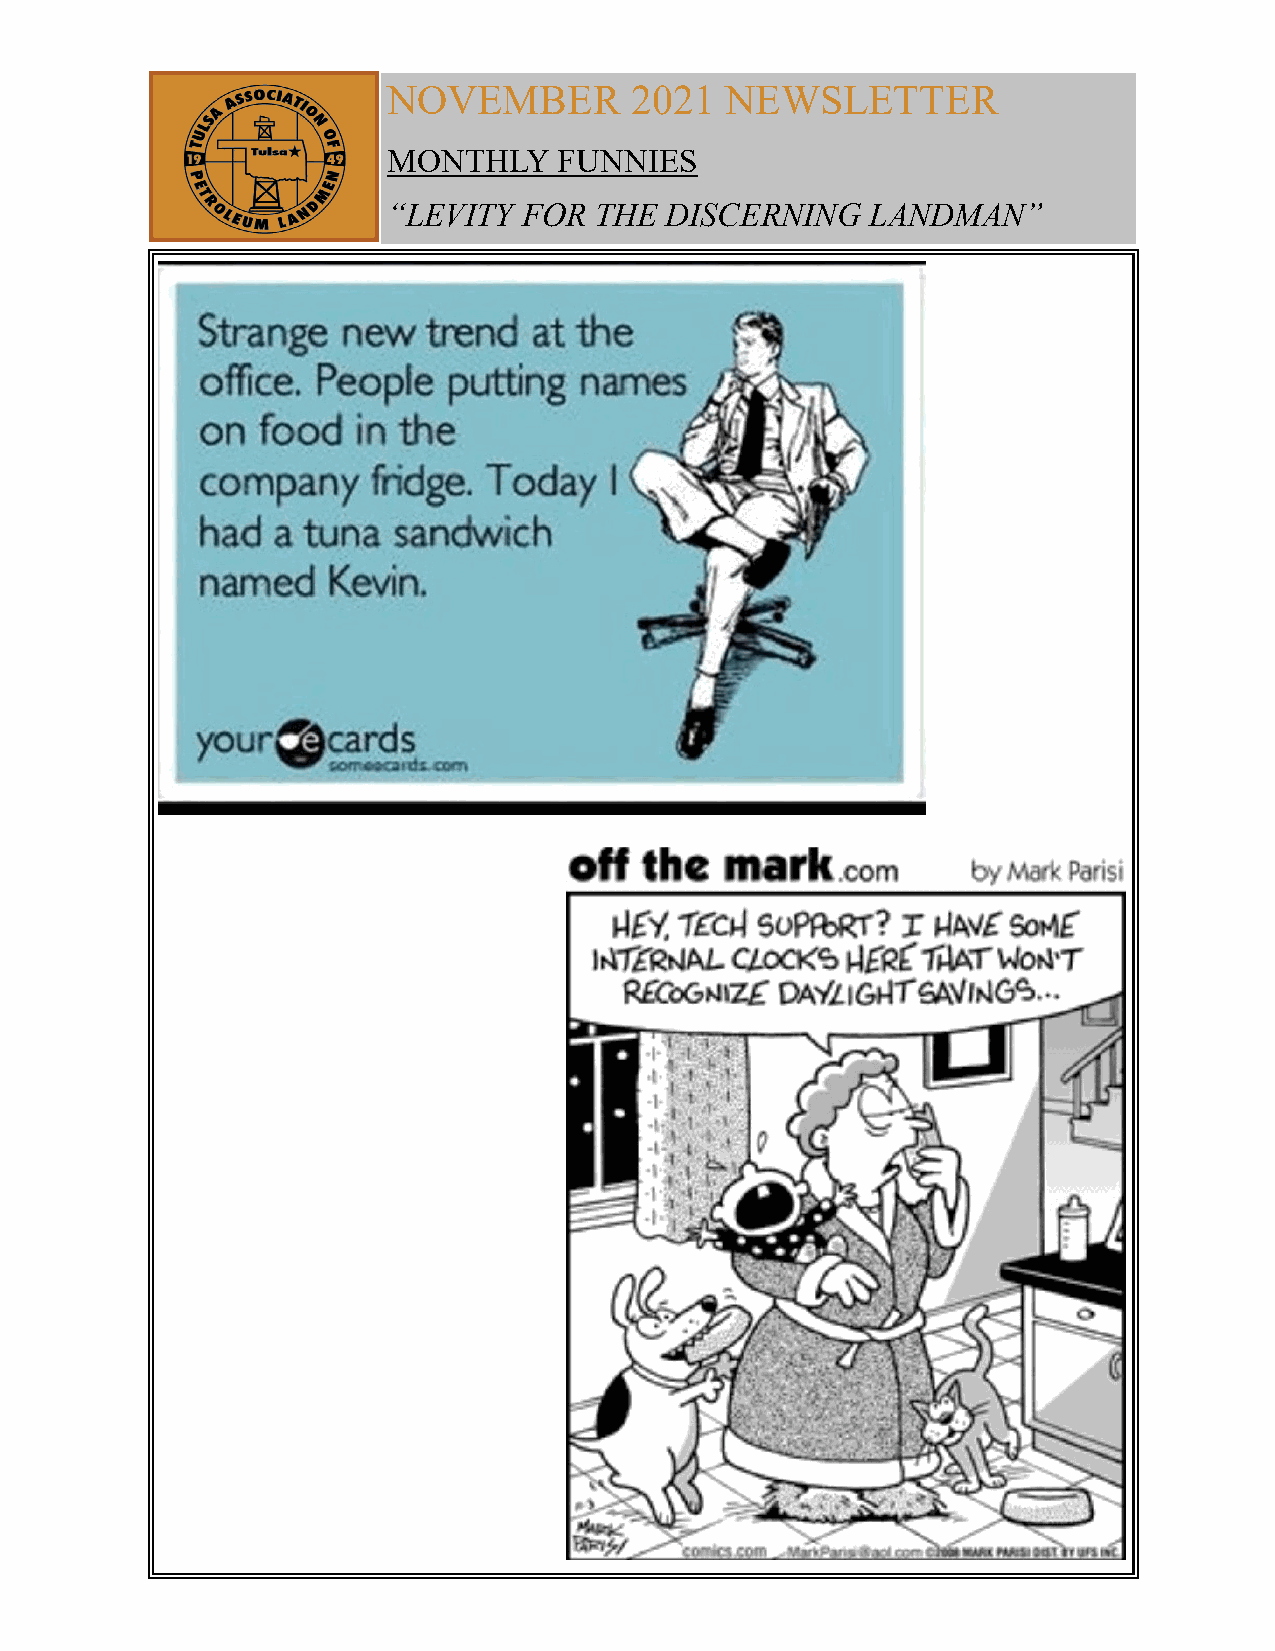
NOVEMBER        2021  NEWSLETTER
 MONTHLY    FUNNIES
 “LEVITY  FOR THE  DISCERNING    LANDMAN”